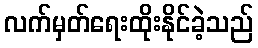
လက်မှတ်ရေးထိုးနိုင်ခဲ့သည်